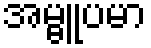
အမ္ဗူပမာ